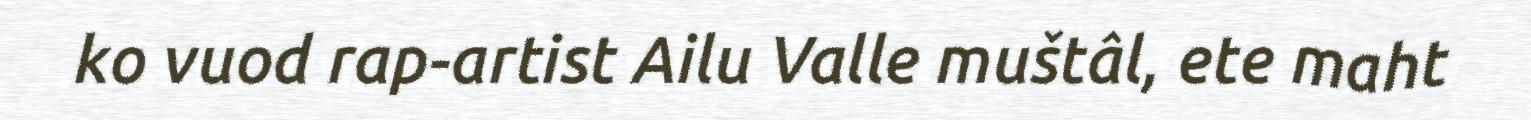
ko vuod rap-artist Ailu Valle muštâl, ete maht